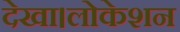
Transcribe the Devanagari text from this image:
देखा।लोकेशन